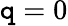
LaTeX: \mathtt{q}=0